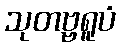
သုတဗ္ဗရူပံ